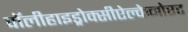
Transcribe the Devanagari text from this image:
पॉलीहाइड्रोक्सीऐल्केनोएट